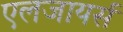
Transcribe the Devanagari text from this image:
एलजायर्स